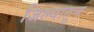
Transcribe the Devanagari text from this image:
जिल्यातून